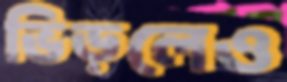
ভিড়লেও